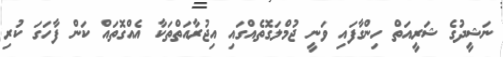
ނަޝީދުގެ ޝަރީއަތް ހިންގާފައި ވަނީ ޖުމްލަގޮތެއްގައި އިޖުރާއަތްތަކާ އެއްގޮތައް ކަން ފާހަގަ ކުރި